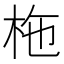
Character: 柂